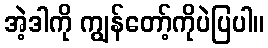
အဲ့ဒါကို ကျွန်တော့်ကိုပဲပြပါ။